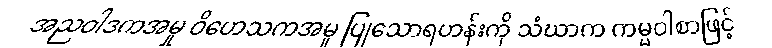
အညဝါဒကအမှု ဝိဟေသကအမှု ပြုသောရဟန်းကို သံဃာက ကမ္မဝါစာဖြင့်